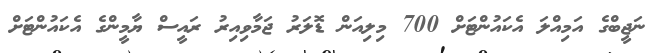
ނަޖީބްގެ އަމިއްލަ އެކައުންޓަށް 700 މިލިއަން ޑޮލަރު ޖަމާވިއިރު ރައީސް ޔާމީންގެ އެކައުންޓަށް